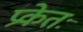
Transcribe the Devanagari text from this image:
प्रकेतः